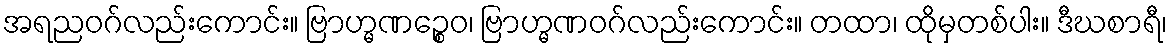
အရညဝဂ်လည်းကောင်း။ ဗြာဟ္မဏဉ္စေဝ၊ ဗြာဟ္မဏဝဂ်လည်းကောင်း။ တထာ၊ ထိုမှတစ်ပါး။ ဒီဃစာရီ၊